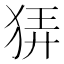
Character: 𤞬